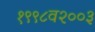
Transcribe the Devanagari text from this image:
१९९८व२००३